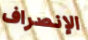
الإنصراف